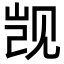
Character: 觊